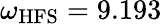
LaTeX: \omega_{\mathrm{{HFS}}}=9.193